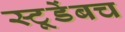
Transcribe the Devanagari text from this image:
स्टूडेंबच